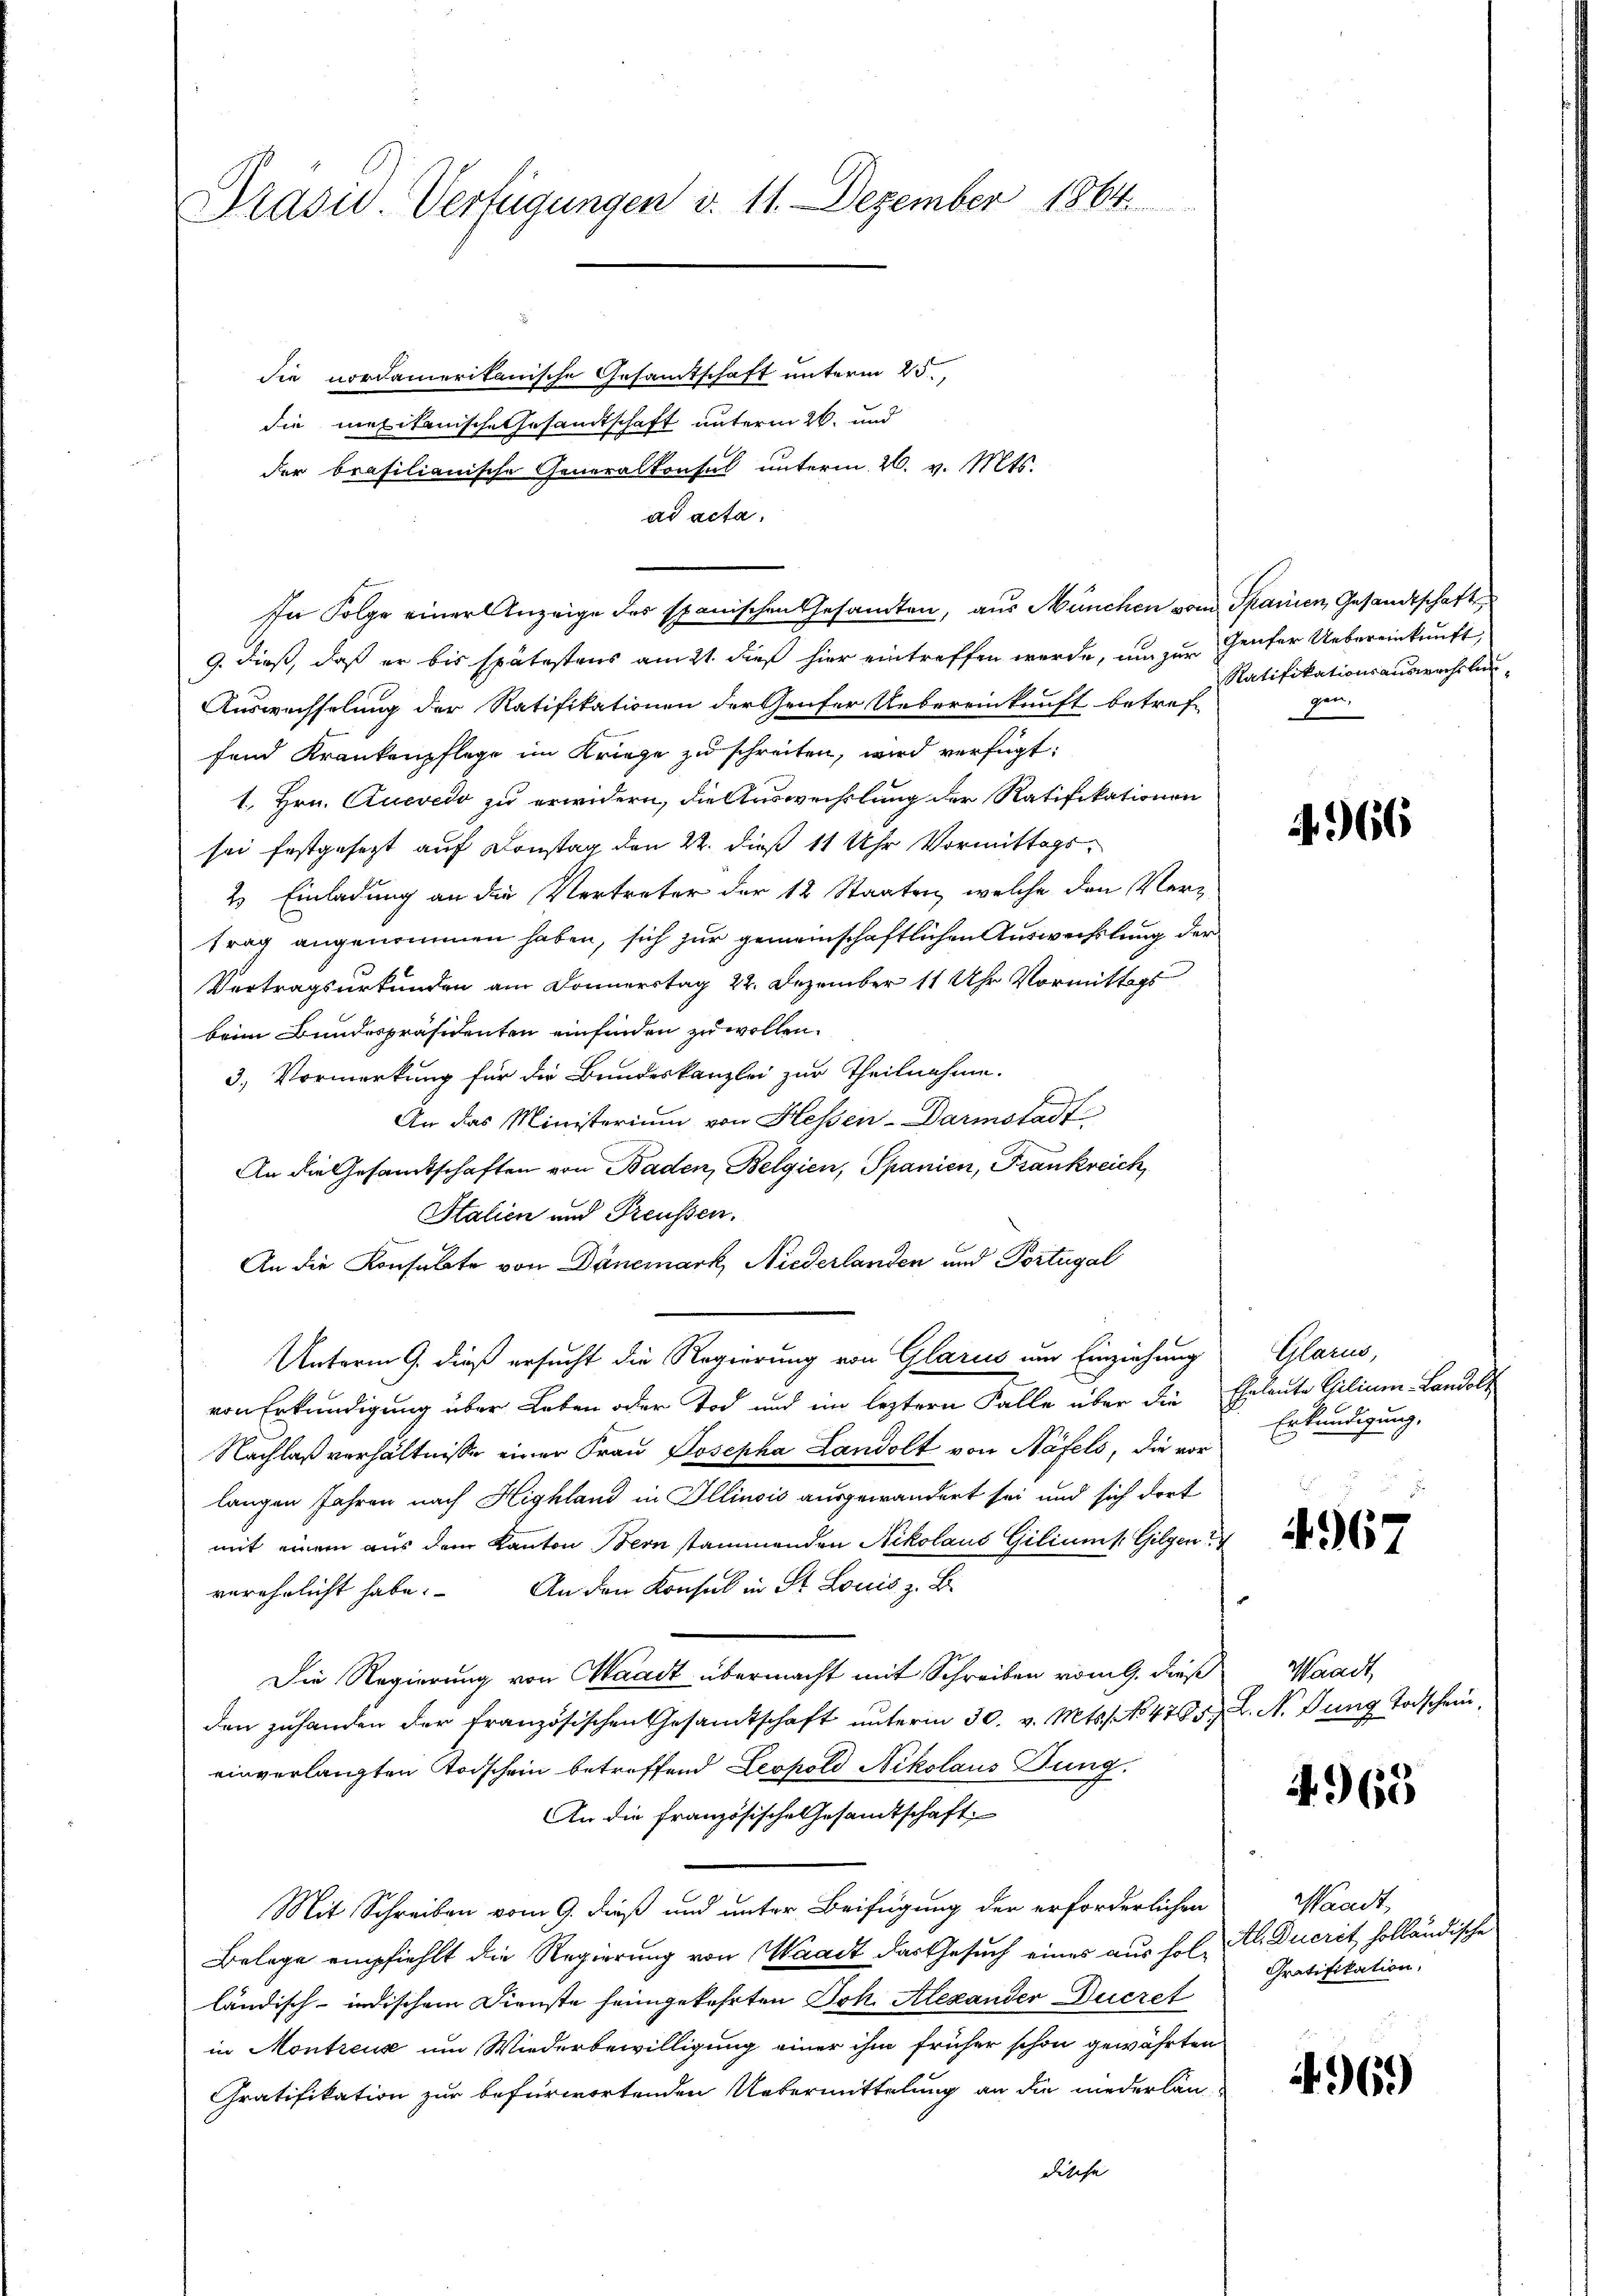
Präsid. Verfügungen d. 11. Dezember 1864.

die nordamerikanische Gesamtschaft unterm 25.
die mexikanische Gesandtschaft unterm 26. und
der brasilianische Generalkonsul unterm 26. v. Mts.
ad acta.
9. dieß, daß er bis spätestens am 21. dieß hier eintreffen werde, um zur Gener Uebereinkunft,
Auswechselung der Ratifikationen der Genfer Uebereinkunft betref-
fend Krankenpflege im Kriege zu schreiten, wird verfügt:
1., Hrn. Zuevedo zu erwidern, die Auswechslung der Ratifikationen
sei festgesezt auf Constag den 22. dieß 11 Uhr Vormittags¬
2. Einladung an die Vertreter der 12 Staaten, welche den Vertrag angenommen haben, sich zur gemeinschaftlichen Auswechslung der
Vertragsurkunden am Donnerstag 22. Dezember 11 Uhr Vormittags
beim Bundespräsidenten einfinden zu wollen.
3.) Vormerkung für die Bundeskanzlei zur Theilnahme.
An das Ministerium von Hessen-Darmstadt
An die Gesandtschaften von Baden, Belgien, Spanien, Frankreich,
Stalien und Preussen.
An die Konsulate von Danemark, Niederlanden und Portugal
Unterm 9. dieß ersucht die Regierung von Glarus um Einziehung
von Erkundigung über Leben oder Tod und im letztern Falle über die Eheleute Gilium-Landol-
Nachlaßverhältnisse einer Frau Josepha Landolt von Näfels, die vor
langen Jahren nach Highland in Illinois ausgewandert sei und sich dort
mit einem aus dem Kanton Bern stammenden Nikolaus Giliums Gilgen
An den Konsul in St. Louis z. B.
verehrlicht habe.
Die Regierung von Waadt übermacht mit Schreiben vom 9. dieß
den zuhanden der französischen Gesamtschaft unterm 30. v. Mts. No. 4705. N. dung Todschein
einverlangten Torschein betreffend Leopold Nikolaus Jung.
An die französische Gesandtschaft
Mit Schreiben vom 9. dieß und unter Beifügung der erforderlichen
Belege empfiehlt die Regierung von Waadt das Gesuch eines aus fol. Als Duerit, holländische
ländisch-indischem Dienste heimgekehrten Joh. Alexander Secret
in Montreuse um Wiederbewilligung einer ihm früher schon gewährten
Gratifikation zur befürwortenden Uebermittelung an die niederlan
dische

In Folge einer Anzeige des spanischen Gesandten, aus München vom Spanien, Gesandtschaft

Ratifikationsauswechslun
gen,

.66

Glarus,
Erkundigung,

4967

Waadt

4965

Waadt,
Gratifikation,

6.)